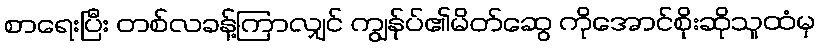
စာရေးပြီး တစ်လခန့်ကြာလျှင် ကျွန်ုပ်၏မိတ်ဆွေ ကိုအောင်စိုးဆိုသူထံမှ